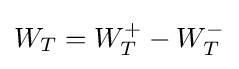
W_{T}=W_{T}^{+}-W_{T}^{-}